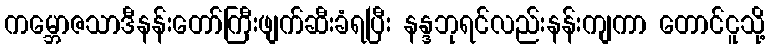
ကမ္ဘောဇသာဒီနန်းတော်ကြီးဖျက်ဆီးခံရပြီး နန္ဒဘုရင်လည်းနန်းကျကာ တောင်ငူသို့